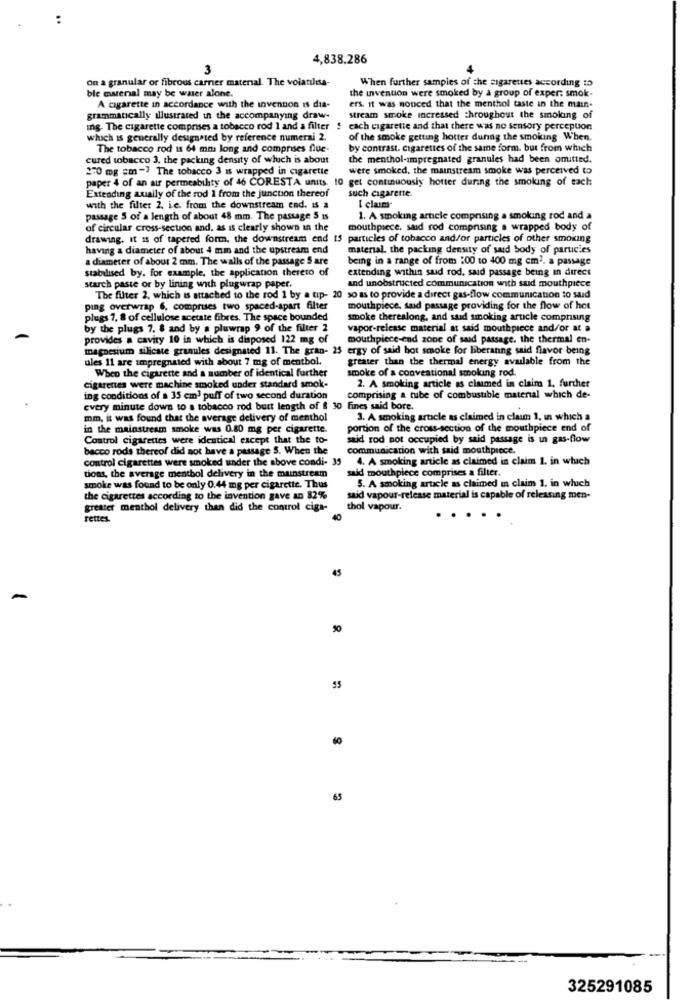
4,838.286
3
on a granular or fibrous carner material. The volatiles-
When further samples of the cigarettes according to
ble ewenal may be waser alone.
the invention were smoked by a group of exper: smok-
A cigarette in accordance with the invention is dia-
ers. it was nouced that the menthol taste in the main-
grammatically illustrated in the accompanying draw-
stream smoke increased throughout the smoking of
Ing. The cigarette comprises a tobacco rod 1 and a filter
cach cigarette and that there was no sensory percepuon
which is generally designated by reference numerai 2.
of the smoke getting hotter during the smoking When.
The tobacco rod is 64 mm long and comprises flue-
by contrast. cigarettes of the same form. but from which
cured tobacco 3. the packing density of which is about
the menthol-impregnated granules had been omitted.
270 mg sm-> The tobacco 3 is wrapped in cigarette
were smoked, the mainstream smoke was perceived to
paper 4 of an air permeability of 46 CORESTA units. 10 get continuously hotter during the smoking of each
Extending aually of the rod 1 from the junction thereof
such cigarette
with the filter 2. i.e. from the downstream end. 15 a
[ claim"
passage S of a length of about 48 mm. The passage S Is
1. A smoking article comprising a smoking rod and a
of circular cross-section and, as is clearly shown in the
mouthpiece, said rod comprising a wrapped body of
drawing. it is of tapered form, the downstream end 15 particles of tobacco and/or particles of other smoking
having a diameter of about 4 mm and the upstream end
material. the packing density of said body of parucies
a diameter of about 2 mm. The walls of the passage S are
being in a range of from :00 to 400 mg cm2. a passage
stabilised by. for example, the application thereto of
extending within sud rod, said passage being in direct
and unobstructed communication with sud mouthpiece
starch paste or by lining with plugwrap paper.
The filter 2, which is attached to the rod 1 by a tip- 20 so as to provide a direct gas-flow communication to said
ping overwrap 6, comprises two spaced-apart filter
mouthpiece. said passage providing for the flow of hot
plugs 7, 8 of cellulose acetate fibres. The space bounded
smoke thereslong, and said smoking article comprising
by the plugs 7. $ and by a pluwrap 9 of the filter 2
vapor-release material at said mouthpiece and/or at a
provides a cavity 10 in which is disposed 122 mg of
mouthpiece-end zone of said passage. the thermal en-
magnesium silicate granules designated 11. The gran- 25 ergy of said hot smoke for liberanng said flavor being
ules 11 are impregnated with about 7 mg of mentbol.
greater than the thermal energy available from the
When the cigarette and a number of identical further
smoke of a conventional smoking rod.
2. A smoking article as claimed in claim 1, further
cigarettes were machine smoked under standard smok-
ing conditions of a 35 cm3 puff of two second duration
comprising a tube of combustible material which de-
every minute dows to a tobacco rod butt length of & 30 fines said bore.
mm, it was found that the average delivery of menthol
3. A smoking article as claimed in claim 1, in which a
in the mainstream smoke was 0.80 mg per cigarette.
portion of the cross-section of the mouthpiece end of
Control cigarettes were identical except that the to-
said rod not occupied by said passage is un gas-flow
bacco rods thereof did not have a passage 5. When the
communication with said mouthpiece.
control cigarettes were smoked under the above condi- 35
4. A smoking article as claimed in claim 1. in which
said mouthpiece comprises a filter.
tions, the average menthol delivery in the mainstream
5. A smoking article as claimed in claim 1, in which
smoke was found to be only 0.44 mg per cigarette. Thus
the cigarettes according to the invention gave an 82%
said vapour-release material is capable of releasing men-
greater menthol delivery than did the control ciga-
thol vapour.
rettes.
....
45
50
65
325291085